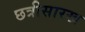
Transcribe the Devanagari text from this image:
छत्रीसारख